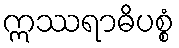
ဣဿရာဓိပစ္စံ